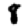
Digit: 8